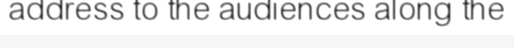
address to the audiences along the